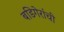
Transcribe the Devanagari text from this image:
बडिगेरांची